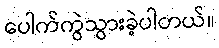
ပေါက်ကွဲသွားခဲ့ပါတယ်။